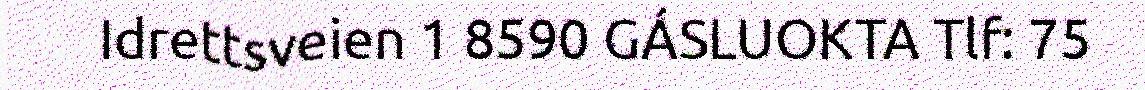
Idrettsveien 1 8590 GÁSLUOKTA Tlf: 75